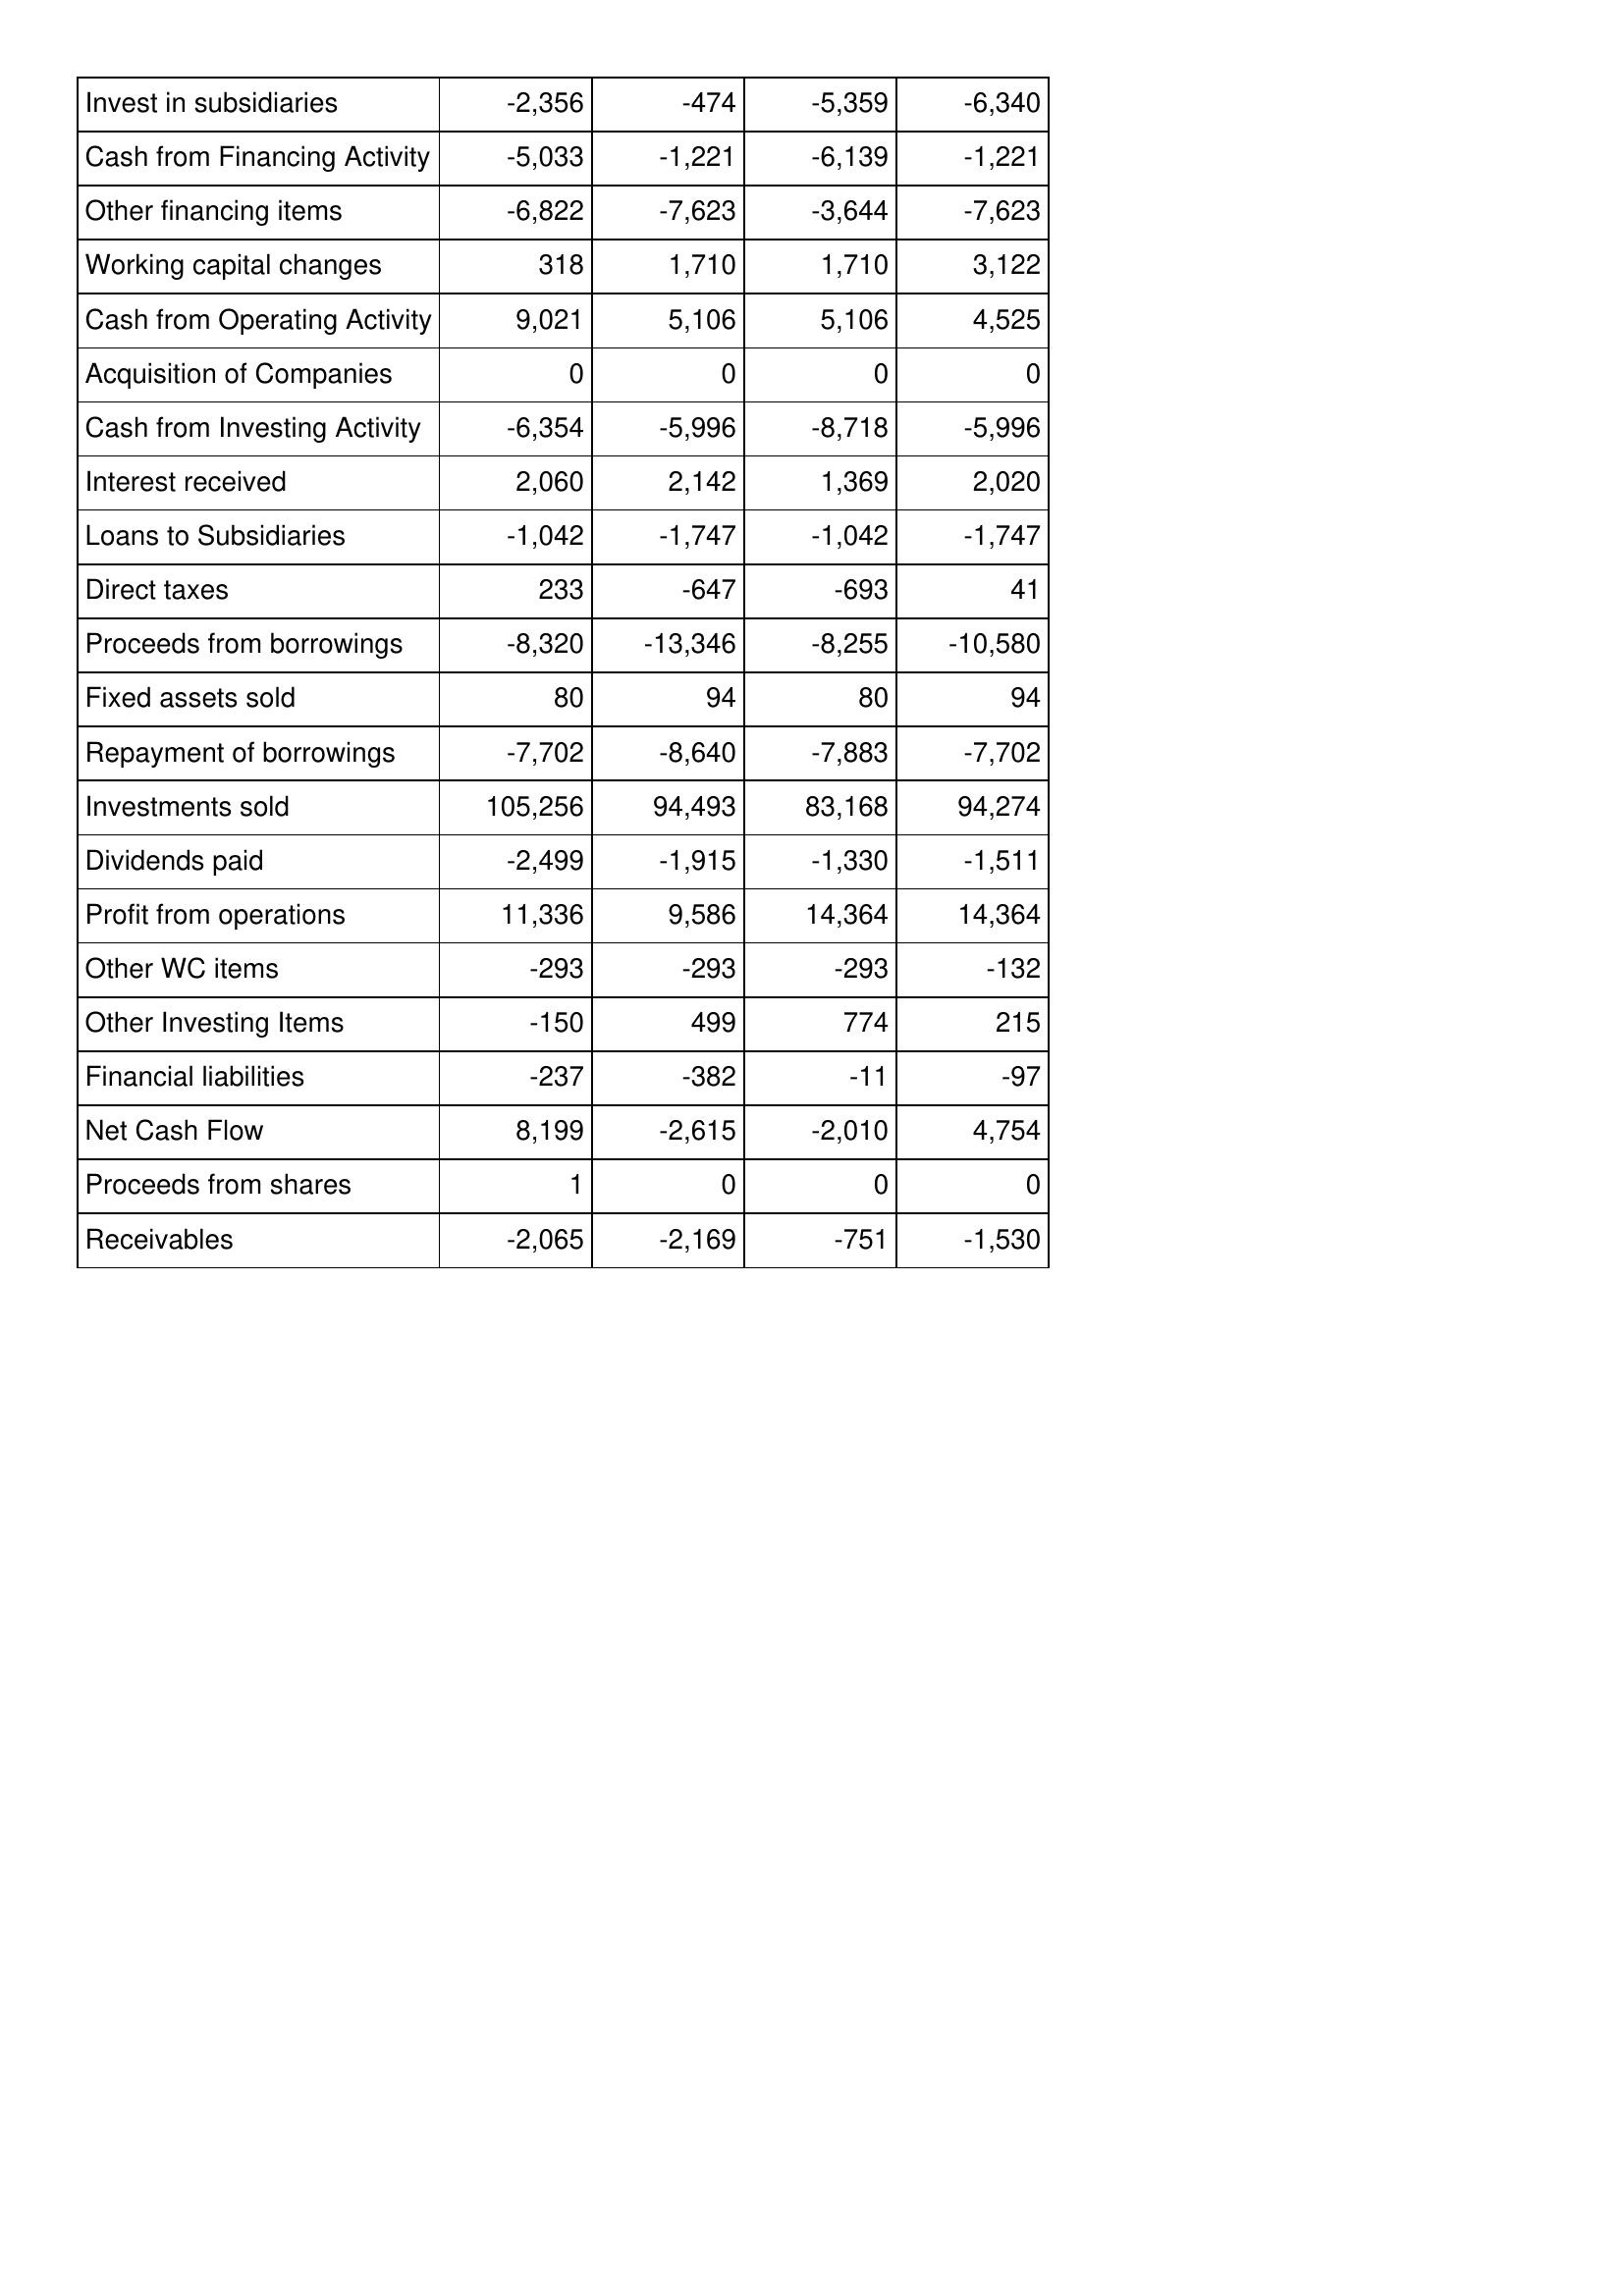
Apr-05: Cash Flows: Invest in subsidiaries: -2,356
Cash from Financing Activity: -5,033
Other financing items: -6,822
Working capital changes: 318
Cash from Operating Activity: 9,021
Acquisition of Companies: 0
Cash from Investing Activity: -6,354
Interest received: 2,060
Loans to Subsidiaries: -1,042
Direct taxes: 233
Proceeds from borrowings: -8,320
Fixed assets sold: 80
Repayment of borrowings: -7,702
Investments sold: 105,256
Dividends paid: -2,499
Profit from operations: 11,336
Other WC items: -293
Other Investing Items: -150
Financial liabilities: -237
Net Cash Flow: 8,199
Proceeds from shares: 1
Receivables: -2,065
Apr-06: Cash Flows: Invest in subsidiaries: -474
Cash from Financing Activity: -1,221
Other financing items: -7,623
Working capital changes: 1,710
Cash from Operating Activity: 5,106
Acquisition of Companies: 0
Cash from Investing Activity: -5,996
Interest received: 2,142
Loans to Subsidiaries: -1,747
Direct taxes: -647
Proceeds from borrowings: -13,346
Fixed assets sold: 94
Repayment of borrowings: -8,640
Investments sold: 94,493
Dividends paid: -1,915
Profit from operations: 9,586
Other WC items: -293
Other Investing Items: 499
Financial liabilities: -382
Net Cash Flow: -2,615
Proceeds from shares: 0
Receivables: -2,169
Apr-07: Cash Flows: Invest in subsidiaries: -5,359
Cash from Financing Activity: -6,139
Other financing items: -3,644
Working capital changes: 1,710
Cash from Operating Activity: 5,106
Acquisition of Companies: 0
Cash from Investing Activity: -8,718
Interest received: 1,369
Loans to Subsidiaries: -1,042
Direct taxes: -693
Proceeds from borrowings: -8,255
Fixed assets sold: 80
Repayment of borrowings: -7,883
Investments sold: 83,168
Dividends paid: -1,330
Profit from operations: 14,364
Other WC items: -293
Other Investing Items: 774
Financial liabilities: -11
Net Cash Flow: -2,010
Proceeds from shares: 0
Receivables: -751
Apr-08: Cash Flows: Invest in subsidiaries: -6,340
Cash from Financing Activity: -1,221
Other financing items: -7,623
Working capital changes: 3,122
Cash from Operating Activity: 4,525
Acquisition of Companies: 0
Cash from Investing Activity: -5,996
Interest received: 2,020
Loans to Subsidiaries: -1,747
Direct taxes: 41
Proceeds from borrowings: -10,580
Fixed assets sold: 94
Repayment of borrowings: -7,702
Investments sold: 94,274
Dividends paid: -1,511
Profit from operations: 14,364
Other WC items: -132
Other Investing Items: 215
Financial liabilities: -97
Net Cash Flow: 4,754
Proceeds from shares: 0
Receivables: -1,530